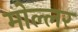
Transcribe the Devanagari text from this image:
मोल्लर